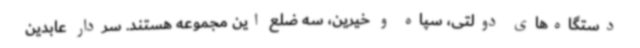
دستگاه‌های دولتی، سپاه و خیرین، سه ضلع این مجموعه هستند. سردار عابدین